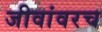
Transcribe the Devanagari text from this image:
जीवांवरच